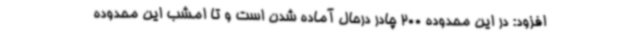
افزود: در این محدوده 200 چادر درحال آماده شدن است و تا امشب این محدوده